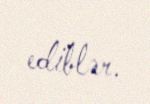
ediblər.